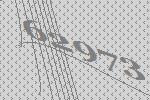
62973